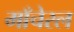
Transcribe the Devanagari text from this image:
माँचेरल